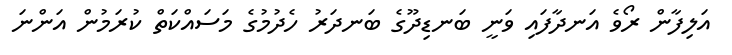
އަލިފާން ރޯވެ އަނދާފައި ވަނީ ބަނޑިދޫގެ ބަނދަރު ހެދުމުގެ މަސައްކަތް ކުރަމުން އަންނަ